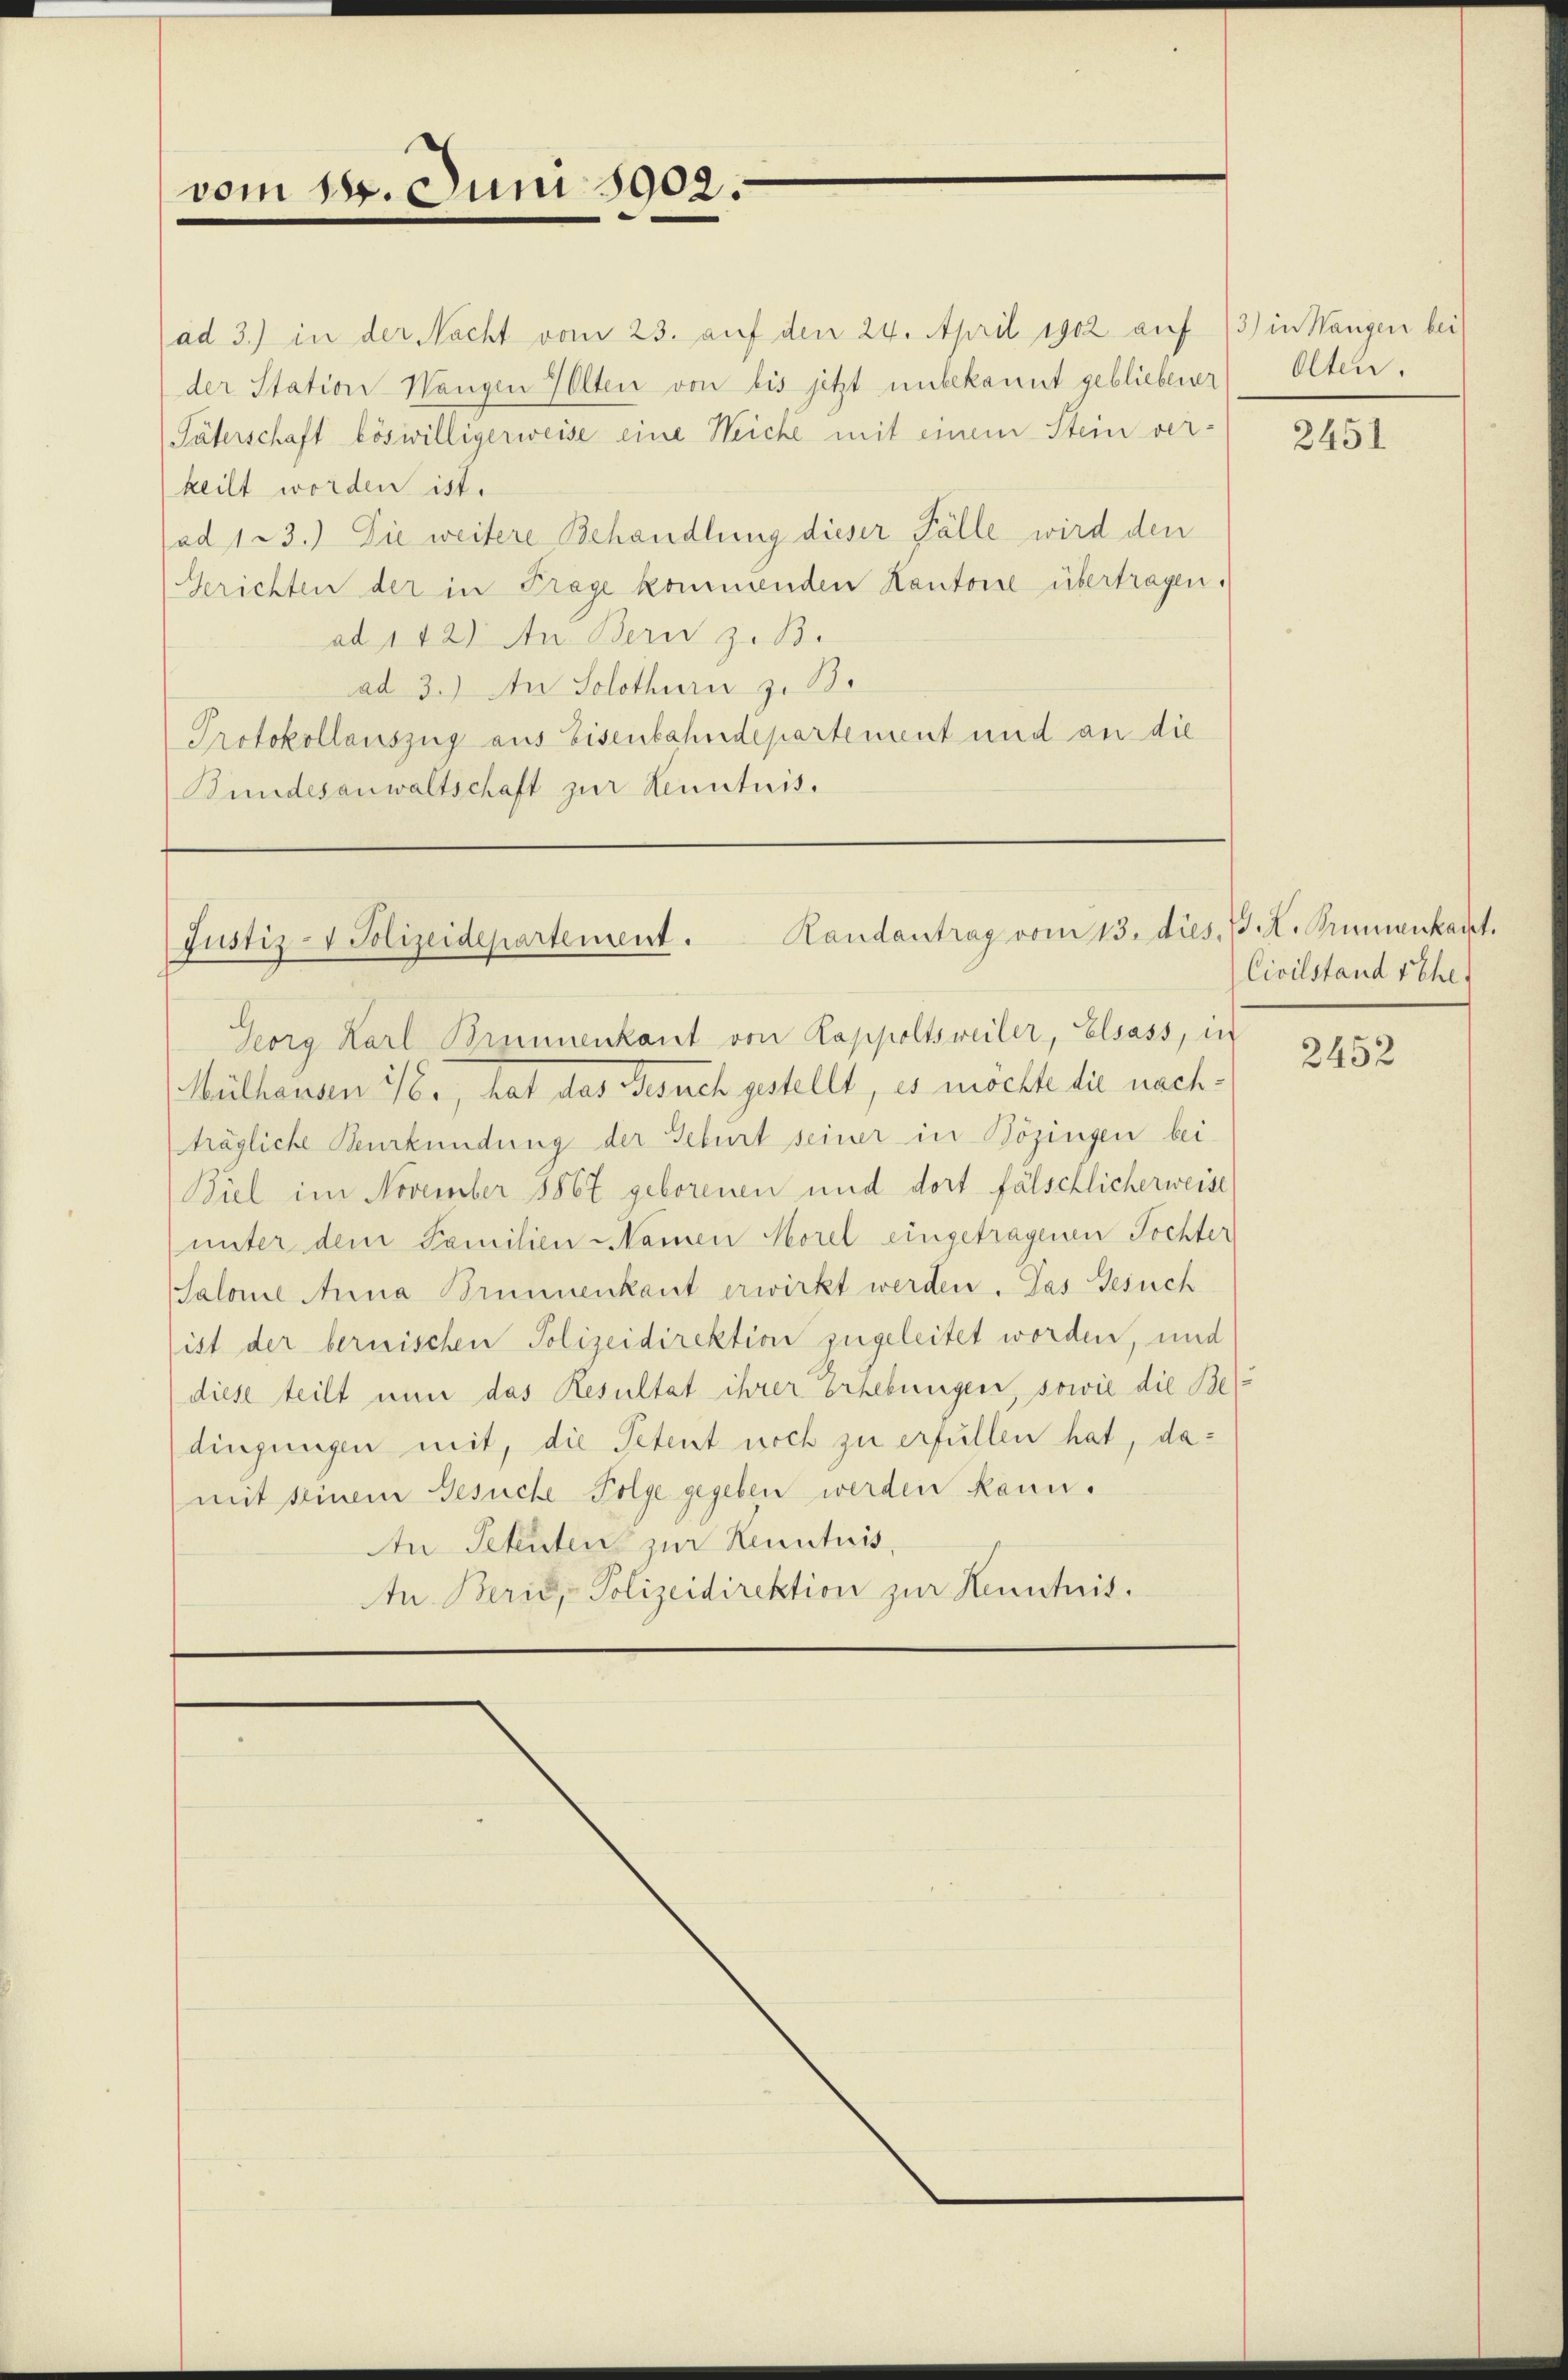
vom 18. Juni 1902.

ad 3.) in der Nacht vom 23. auf den 24. April 1902 auf 73) in Wangen bei
der Station Wangen Volten von bis jetzt unbekannt gebliebener
Paterschaft böswilligerweise eine Weiche mit einem Stein ver-
keilt worden ist.
(ad 123.) Die weitere Behandlung dieser Fälle wird den
Gerichten der in Frage kommenden Kantone übertragen.
ad 142) In Bern z. B.
ad 3.) An Solothurn z. B.
Protokollauszug aus Eisenbahndepartement und an die
Bundesanwaltschaft zur Kenntnis.

Randantrag vom 13. dies. G. L. Brunnenkadet.
Justiz- & Polizeidepartement.

Georg Karl Brunnenkant von Kappoltsweiler, Elsass, in
Mülhausen 26., hat das Gesuch gestellt, es möchte die nachträgliche Beurkundung der Geburt seiner in Bözingen bei-
Biel im November 1867 geborenen und dort fälschlicherweise
unter dem Familien Namen Morel eingetragenen Tochter
Salome Anna Brunnenkant erwirkt werden. Das Gesuch
ist der bernischen Polizeidirektion zugeleitet worden, und
diese teilt nun das Resultat ihrer Erhebungen, sowie die Bedingungen mit, die Petent noch zu erfüllen hat, damit seinem Gesuche Folge gegeben werden kann.
An Scheuten zur Kenntnis,
An Berić, - Polizeidirektion zur Kenntnis.

Olten.

2451

Civilstand sehe

2452